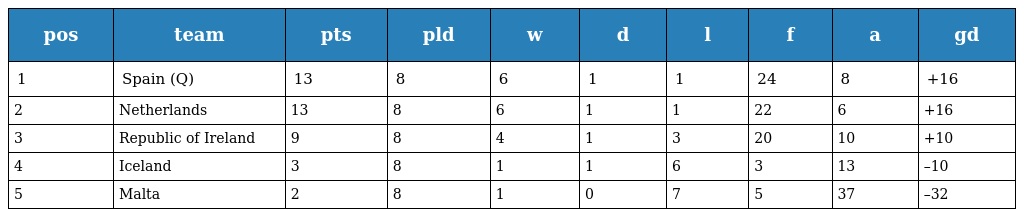
| pos | team | pts | pld | w | d | l | f | a | gd |
 | --- | --- | --- | --- | --- | --- | --- | --- | --- | --- |
 | 1 | Spain (Q) | 13 | 8 | 6 | 1 | 1 | 24 | 8 | +16 |
 | 2 | Netherlands | 13 | 8 | 6 | 1 | 1 | 22 | 6 | +16 |
 | 3 | Republic of Ireland | 9 | 8 | 4 | 1 | 3 | 20 | 10 | +10 |
 | 4 | Iceland | 3 | 8 | 1 | 1 | 6 | 3 | 13 | –10 |
 | 5 | Malta | 2 | 8 | 1 | 0 | 7 | 5 | 37 | –32 |